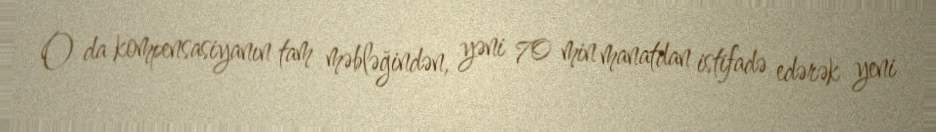
O da kompensasiyanın tam məbləğindən, yəni 70 min manatdan istifadə edərək yeni